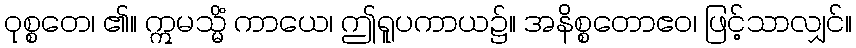
ဝုစ္စတေ၊ ၏။ ဣမသ္မိံ ကာယေ၊ ဤရူပကာယ၌။ အနိစ္စတောဧဝ၊ ဖြင့်သာလျှင်။